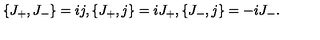
\{ J _ { + } , J _ { - } \} = i j , \{ J _ { + } , j \} = i J _ { + } , \{ J _ { - } , j \} = - i J _ { - } .